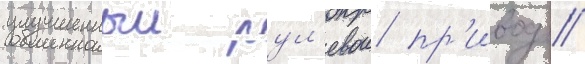
улучшенныи рул'евои пр'ивод //